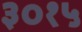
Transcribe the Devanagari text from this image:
३०१५